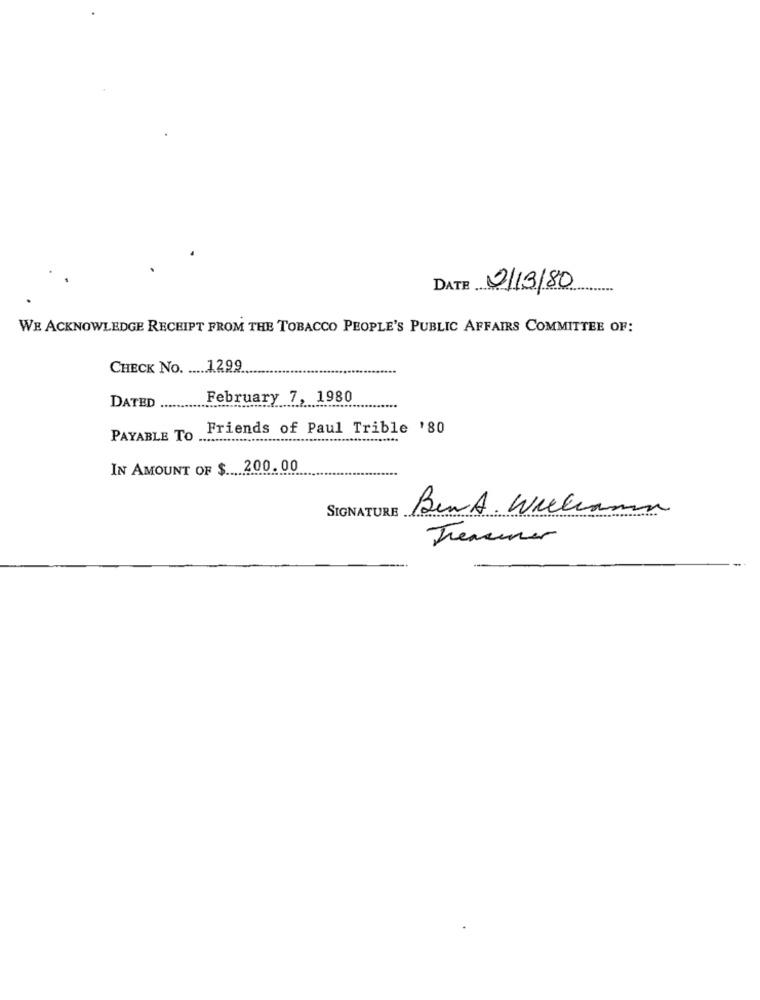
DATE 2/3/80
WE ACKNOWLEDGE RECEIPT FROM THE TOBACCO PEOPLE'S PUBLIC AFFAIRS COMMITTEE OF:
CHECK No. .... 1.299
February 7, 1980
DATED
Friends of Paul Trible '80
PAYABLE TO .
IN AMOUNT OF $ .... 200.00
SIGNATURE
Bent . Wiekiama
Trensener